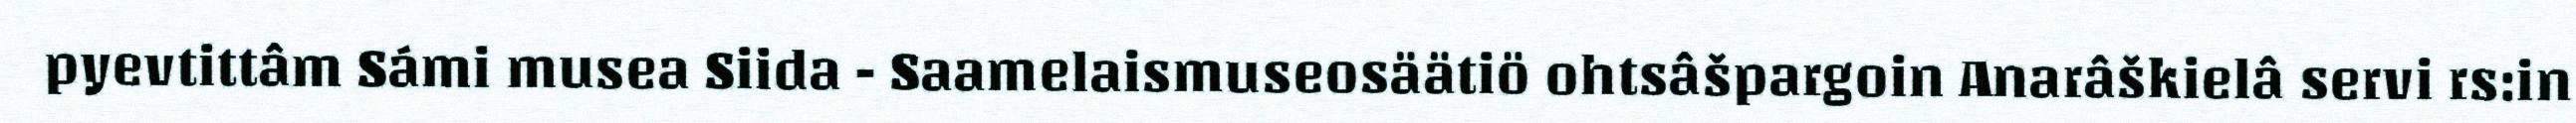
pyevtittâm Sámi musea Siida - Saamelaismuseosäätiö ohtsâšpargoin Anarâškielâ servi rs:in